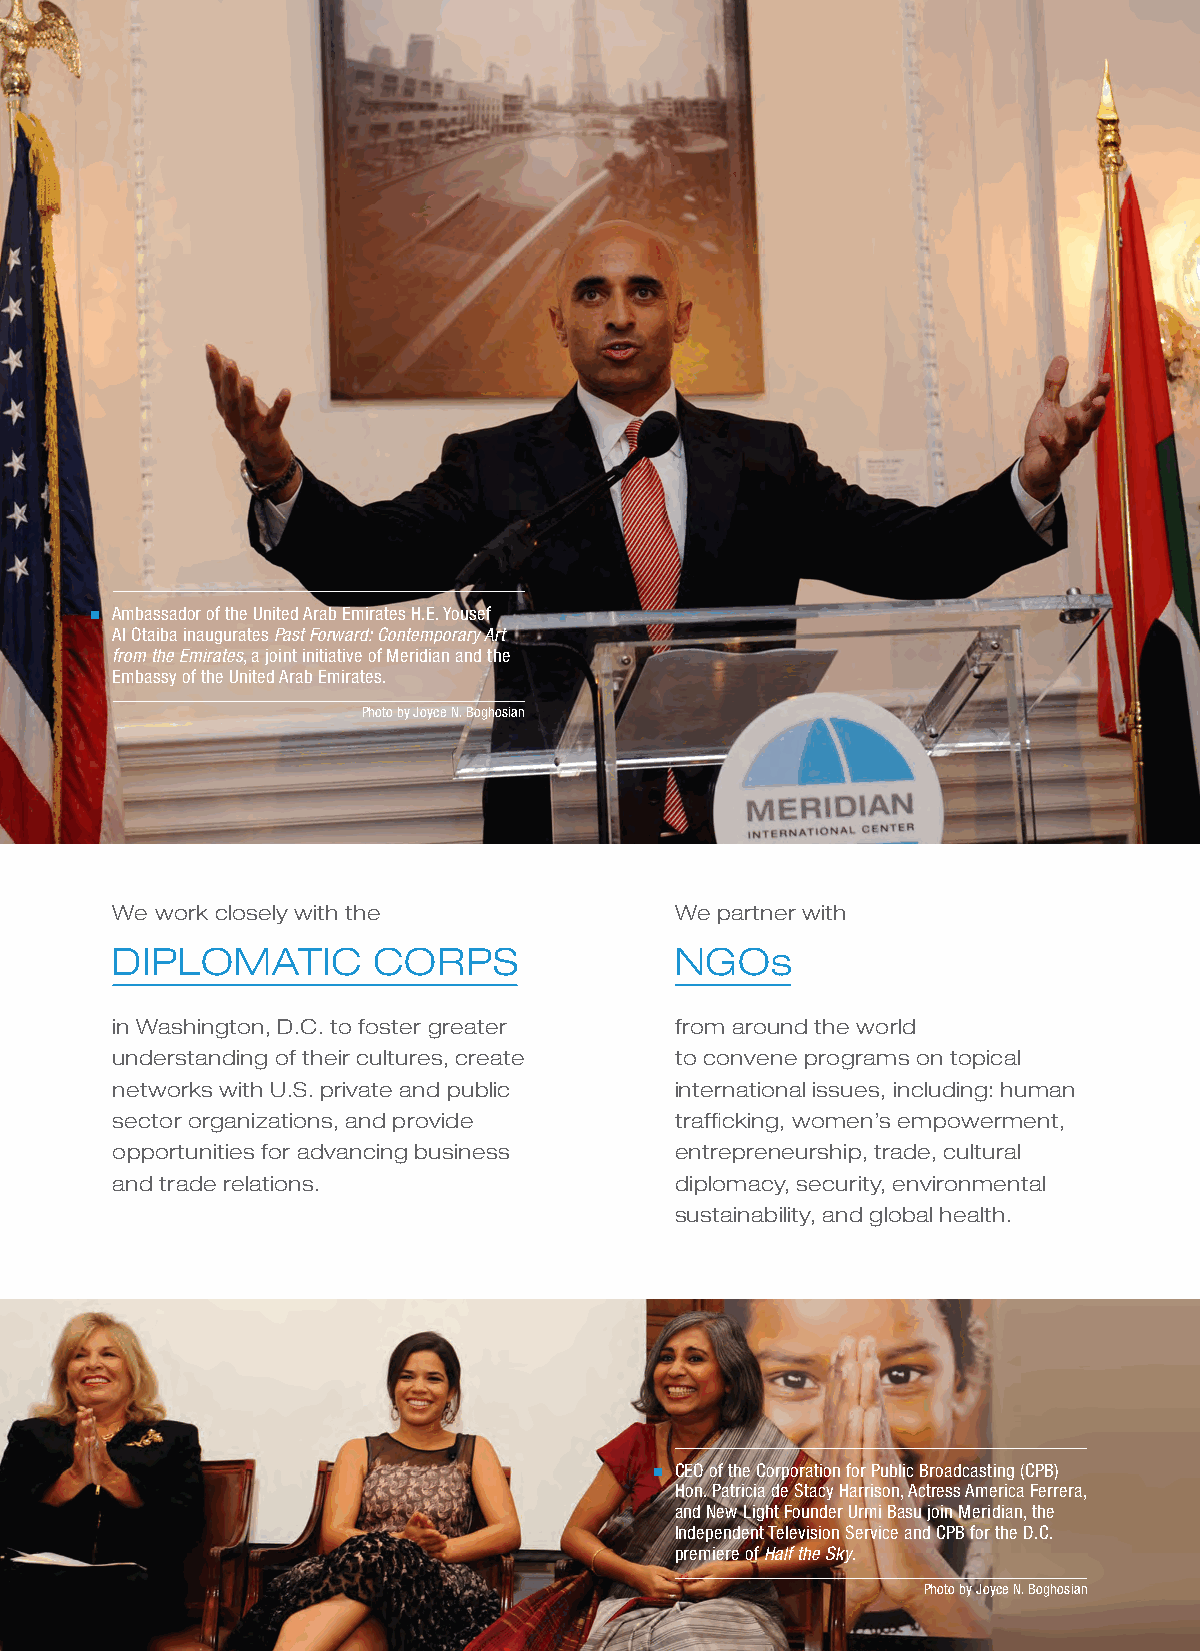
Ambassador of the United Arab Emirates H.E. Yousef
 Al Otaiba inaugurates Past Forward: Contemporary Art
 from the Emirates, a joint initiative of Meridian and the
 Embassy of the United Arab Emirates.
 Photo by Joyce N. Boghosian
 We work closely with the              We partner with
 DIPLOMATIC        CORPS               NGOs
 in Washington, D.C. to foster greater from around the world
 understanding of their cultures, create to convene programs on topical
 networks with U.S. private and public international issues, including: human
 sector organizations, and provide     trafficking, women’s empowerment,
 opportunities for advancing business  entrepreneurship, trade, cultural
 and trade relations.                  diplomacy, security, environmental
 sustainability, and global health.
 CEO of the Corporation for Public Broadcasting (CPB)
 Hon. Patricia de Stacy Harrison, Actress America Ferrera,
 and New Light Founder Urmi Basu join Meridian, the
 Independent Television Service and CPB for the D.C.
 premiere of Half the Sky.
 Photo by Joyce N. Boghosian